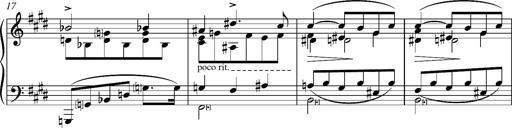
Title: Madrigal
Composer: Lucien Wurmser
Key: A major